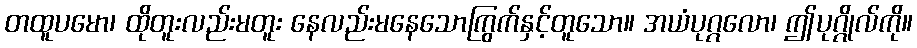
တထူပမော၊ ထိုတူးလည်းမတူး နေလည်းမနေသောကြွက်နှင့်တူသော။ အယံပုဂ္ဂလော၊ ဤပုဂ္ဂိုလ်ကို။